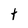
Character: t